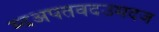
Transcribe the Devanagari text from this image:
म्दअपतवदउमदज